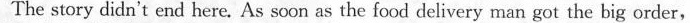
The story didn't end here. As soon as the food delivery man got the big order,